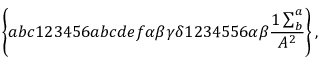
\left\{ a b c 1 2 3 4 5 6 a b c d e f \alpha \beta \gamma \delta 1 2 3 4 5 5 6 \alpha \beta \frac { 1 \sum _ { b } ^ { a } } { A ^ { 2 } } \right\} ,